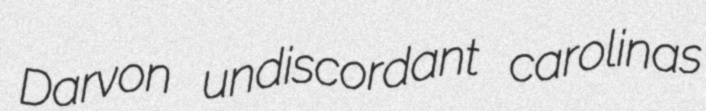
Darvon undiscordant carolinas